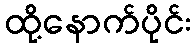
ထို့နောက်ပိုင်း